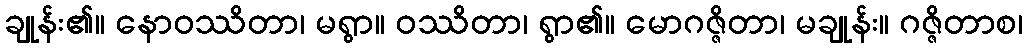
ချုန်း၏။ နောဝဿိတာ၊ မရွာ။ ဝဿိတာ၊ ရွာ၏။ မောဂဇ္ဇိတာ၊ မချုန်း။ ဂဇ္ဇိတာစ၊